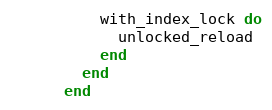
Language: Ruby
          with_index_lock do
            unlocked_reload
          end
        end
      end